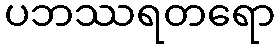
ပဘဿရတရော